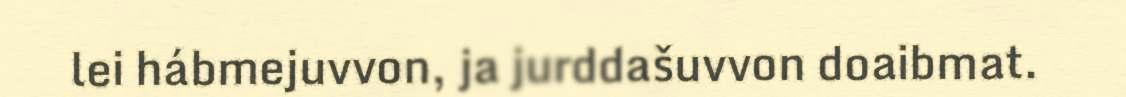
lei hábmejuvvon, ja jurddašuvvon doaibmat.